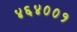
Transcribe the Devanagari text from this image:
४६४००१